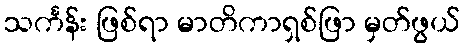
သင်္ကန်း ဖြစ်ရာ မာတိကာရှစ်ဖြာ မှတ်ဖွယ်